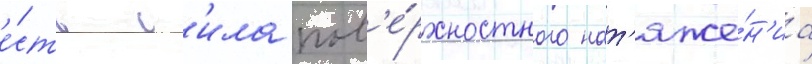
е́сть с'ила пов'е́рхностного нат'яже́н'иа